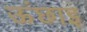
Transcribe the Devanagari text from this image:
ऊंछाइ